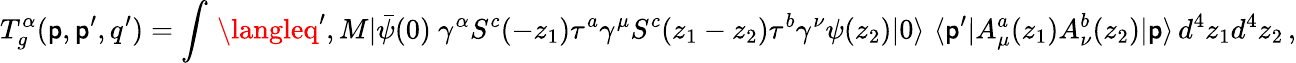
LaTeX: T_{g}^{\alpha}(\mathsf{p},\mathsf{p}^{\prime},q^{\prime})=\int\, \langleq^{\prime},M|\bar{{\psi}}(0)\ \gamma^{\alpha}S^{c}(-z_{1})\tau^{a}\gamma^{\mu}S^{c}(z_{1}-z_{2})\tau^{b}\gamma^{\nu}\psi(z_{2})|0\rangle\, \, \langle\mathsf{p}^{\prime}|A_{\mu}^{a}(z_{1})A_{\nu}^{b}(z_{2})|\mathsf{p}\rangle\, d^{4}z_{1}d^{4}z_{2}\, ,